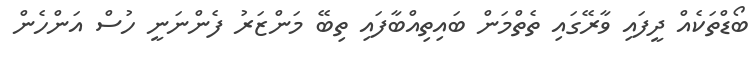
ބޯޑްތަކެއް ދީފައި ވާރޭގައި ތެތްމަން ބައިތިއްބާފައި ތިބޭ މަންޒަރު ފެންނަނީ ހުސް އަންހެން